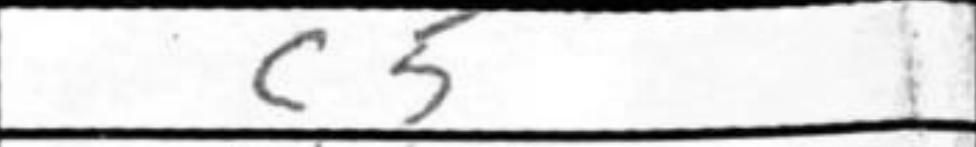
Transcription: c5